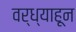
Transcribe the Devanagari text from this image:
वर्ध्याहून